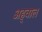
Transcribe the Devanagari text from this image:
अह्‌वाल